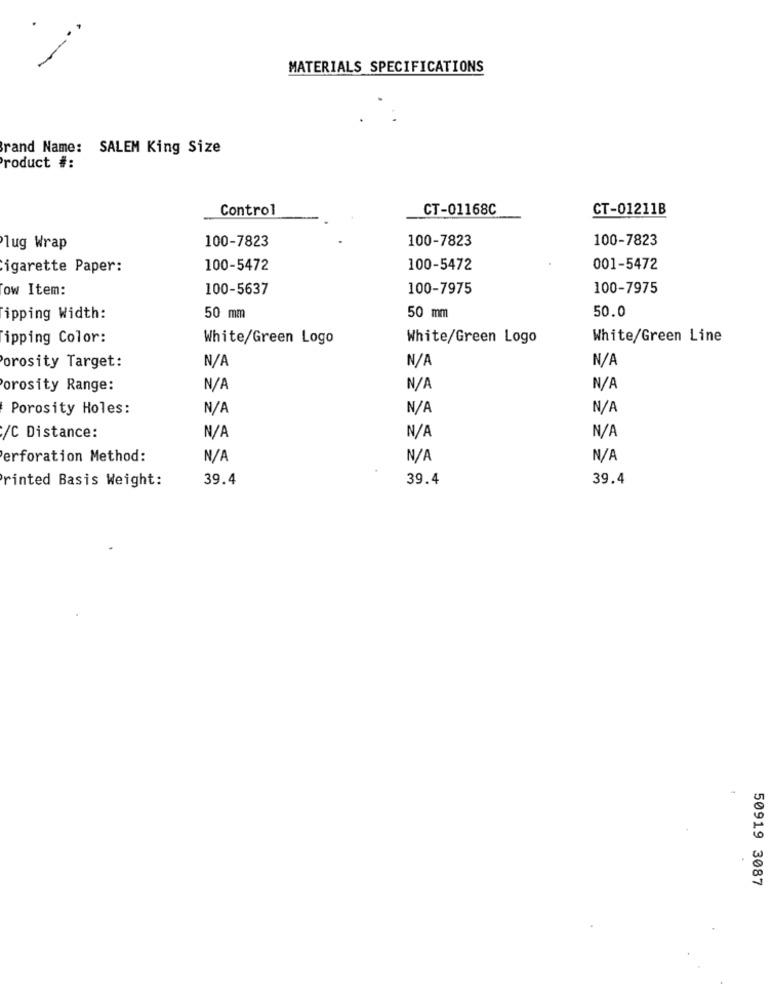
MATERIALS SPECIFICATIONS
Brand Name: SALEM King Size
Product #:
Control
CT-01168C
CT-01211B
100-7823
100-7823
100-7823
lug Wrap
igarette Paper:
100-5472
100-5472
001-5472
ow Item:
100-5637
100-7975
100-7975
50.0
Tipping Width:
50 mm
50 mm
ipping Color:
White/Green Logo
White/Green Logo
White/Green Line
Porosity Target:
orosity Range:
Porosity Holes:
/C Distance:
erforation Method:
rinted Basis Weight:
39.4
39.4
39.4
50919 3087